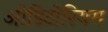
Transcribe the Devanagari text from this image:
ओडिटोरियम